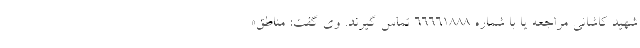
شهید کاشانی مراجعه یا با شماره ۶۶۶۶۱۸۸۸ تماس گیرند. وی گفت: مناطق«